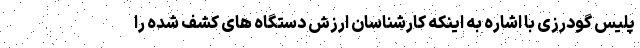
پلیس گودرزی با اشاره به اینکه کارشناسان ارزش دستگاه های کشف شده را